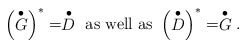
\begin{align*}\left(\stackrel{\bullet}{G}\right)^{\ast}=\stackrel{\bullet}{D}\mbox{ as well as }\left(\stackrel{\bullet}{D}\right)^{\ast}=\stackrel{\bullet}{G}.\end{align*}